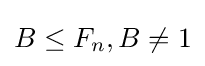
B\leq F_{n},B\neq 1